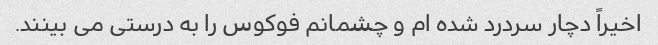
اخیراً دچار سردرد شده ام و چشمانم فوکوس را به درستی می بینند.